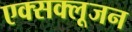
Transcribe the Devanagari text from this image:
एक्सक्लूजन